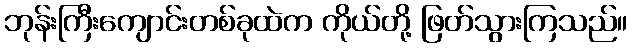
ဘုန်းကြီးကျောင်းတစ်ခုထဲက ကိုယ်တို့ ဖြတ်သွားကြသည်။